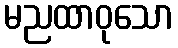
မညထာဝုသော